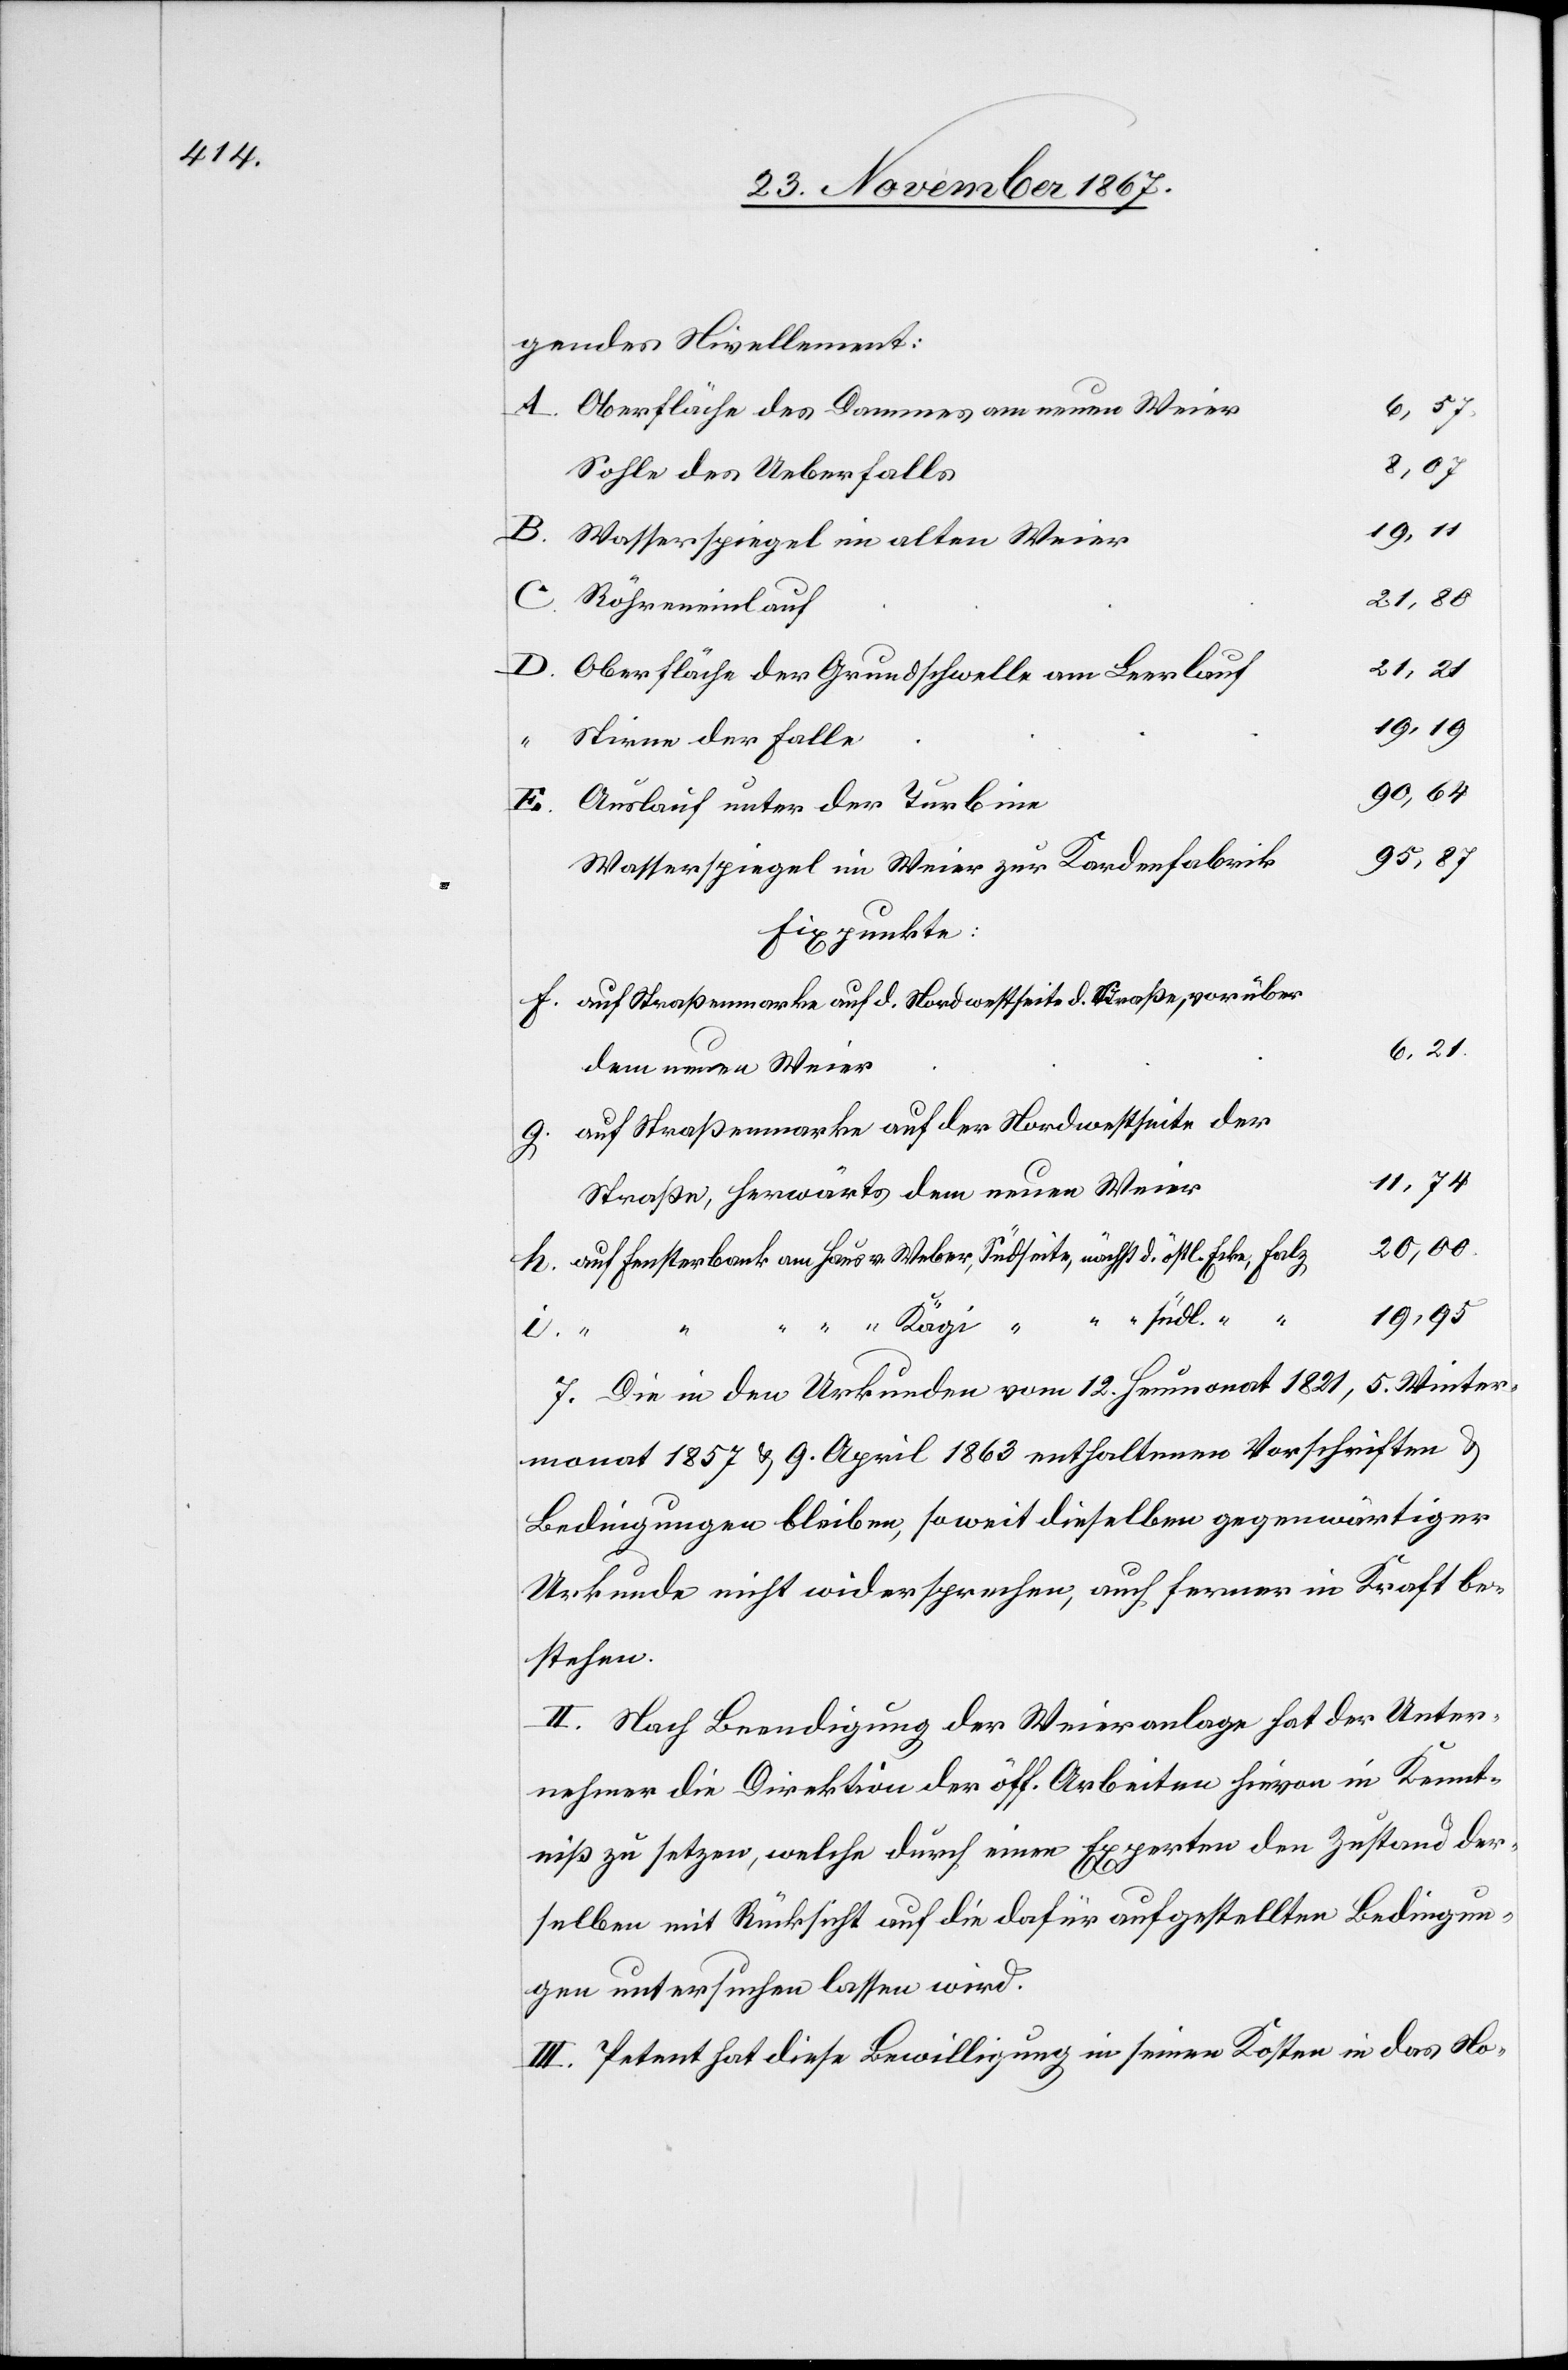
gendes Nivellement:
Oberfläche des Dammes am neuen Weier
8,07
Sohle des Ueberfalls
Wasserspiegel im alten Weier
21,21
Oberfläche der Grundschwelle am Leerlauf
Stirne der Falle
90,64
Auslauf unter der Turbine
95,87
Wasserspiegel im Weier zur Kardenfabrik
Fixpunkte:
f.
auf Straßenmarke auf d. Nordwestseite d. Straße, vorüber
6,21
dem neuen Weier
auf Straßenmarke auf der Nordwestseite der
Straße, herwärts dem neuen Weier
20,00
auf Fensterbank am Haus v. Weber, Südseite, nächst d. östl. Ecke, Falz
19,95
“ “ südl. “ “
“ Kägi “
i.
7. Die in den Urkunden vom 12. Heumonat 1821, 5. Winter¬
monat 1857 u. 9. April 1863 enthaltenen Vorschriften u.
Bedingungen bleiben, soweit dieselben gegenwärtiger
Urkunde nicht widersprechen, auch ferner in Kraft be¬
stehen.
II. Nach Beendigung der Weieranlage hat der Unter¬
nehmer die Direktion der öff. Arbeiten hievon in Kennt¬
niß zu setzen, welche durch einen Experten den Zustand der¬
selben mit Rücksicht auf die dafür aufgestellten Bedingun¬
gen untersuchen lassen wird.
III. Petent hat diese Bewilligung in seinen Kosten in das No-